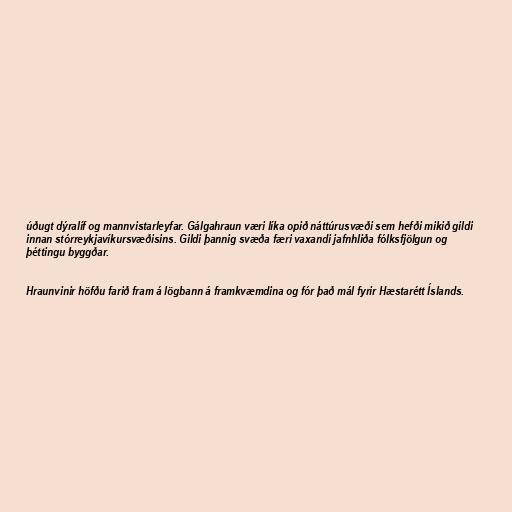
úðugt dýralíf og mannvistarleyfar. Gálgahraun væri líka opið náttúrusvæði sem hefði mikið gildi
innan stórreykjavíkursvæðisins. Gildi þannig svæða færi vaxandi jafnhliða fólksfjölgun og
þéttingu byggðar.

Hraunvinir höfðu farið fram á lögbann á framkvæmdina og fór það mál fyrir Hæstarétt Íslands.